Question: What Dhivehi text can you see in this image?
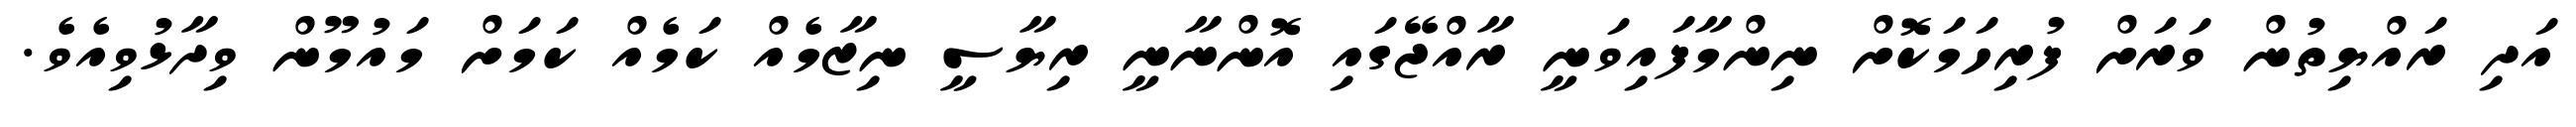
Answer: އަދި ރައްޔިތުން ވަރަށް ފުރިހަމަކޮށް ނިންމާފައިވަނީ ރާއްޖޭގައި އޮންނާނީ ރިޔާސީ ނިޒާމެއް ކަމެއް ކަމަށް މައުމޫން ވިދާޅުވިއެވެ.